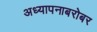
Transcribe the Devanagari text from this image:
अध्यापनाबरोबर